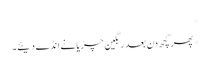
*
*پھر کچھ دن بعد رنگین چڑیا نے انڈے دیئے۔